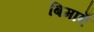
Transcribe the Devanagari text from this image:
बिमाएँ